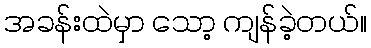
အခန်းထဲမှာ သော့ ကျန်ခဲ့တယ်။